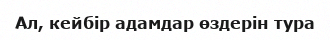
Ал, кейбір адамдар өздерін тура